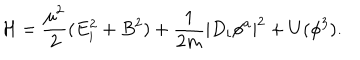
{ \cal H } = \frac { \mu ^ { 2 } } { 2 } ( E _ { i } ^ { 2 } + B ^ { 2 } ) + \frac { 1 } { 2 m } | D _ { i } \phi ^ { a } | ^ { 2 } + U ( \phi ^ { 3 } ) .